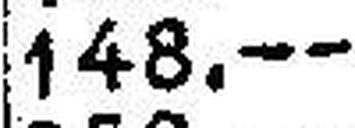
148.—